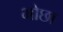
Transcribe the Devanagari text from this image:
भोछा